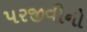
પરજીવીનો